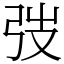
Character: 弢